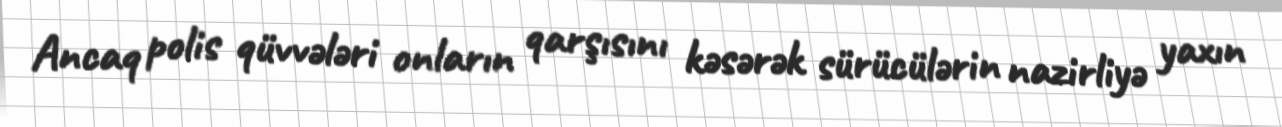
Ancaq polis qüvvələri onların qarşısını kəsərək sürücülərin nazirliyə yaxın